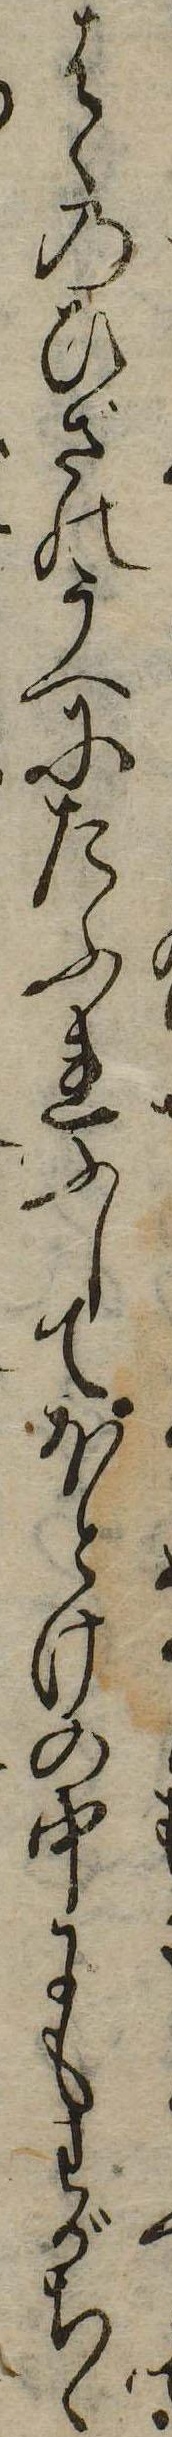
はゝのひざのうへにたふれふしてほとけの中にもわがちゝ